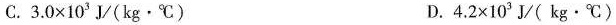
C.$$3 . 0 × 1 0 ^ { 3 } J / ( k g · ℃ )$$ D.$$4 . 2 × 1 0 ^ { 3 }J / ( k g · ℃